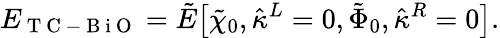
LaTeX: E_{\mathrm{~T~C~-~B~i~O~}}=\tilde{E}\big[\tilde{\chi}_{0},\hat{\kappa}^{L}=0,\tilde{\Phi}_{0},\hat{\kappa}^{R}=0\big].